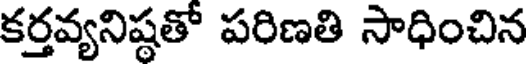
కర్తవ్యనిష్ఠతో పరిణతి సాధించిన